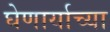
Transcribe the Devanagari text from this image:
घेणार्याच्या